Naisuhingud, lk 88
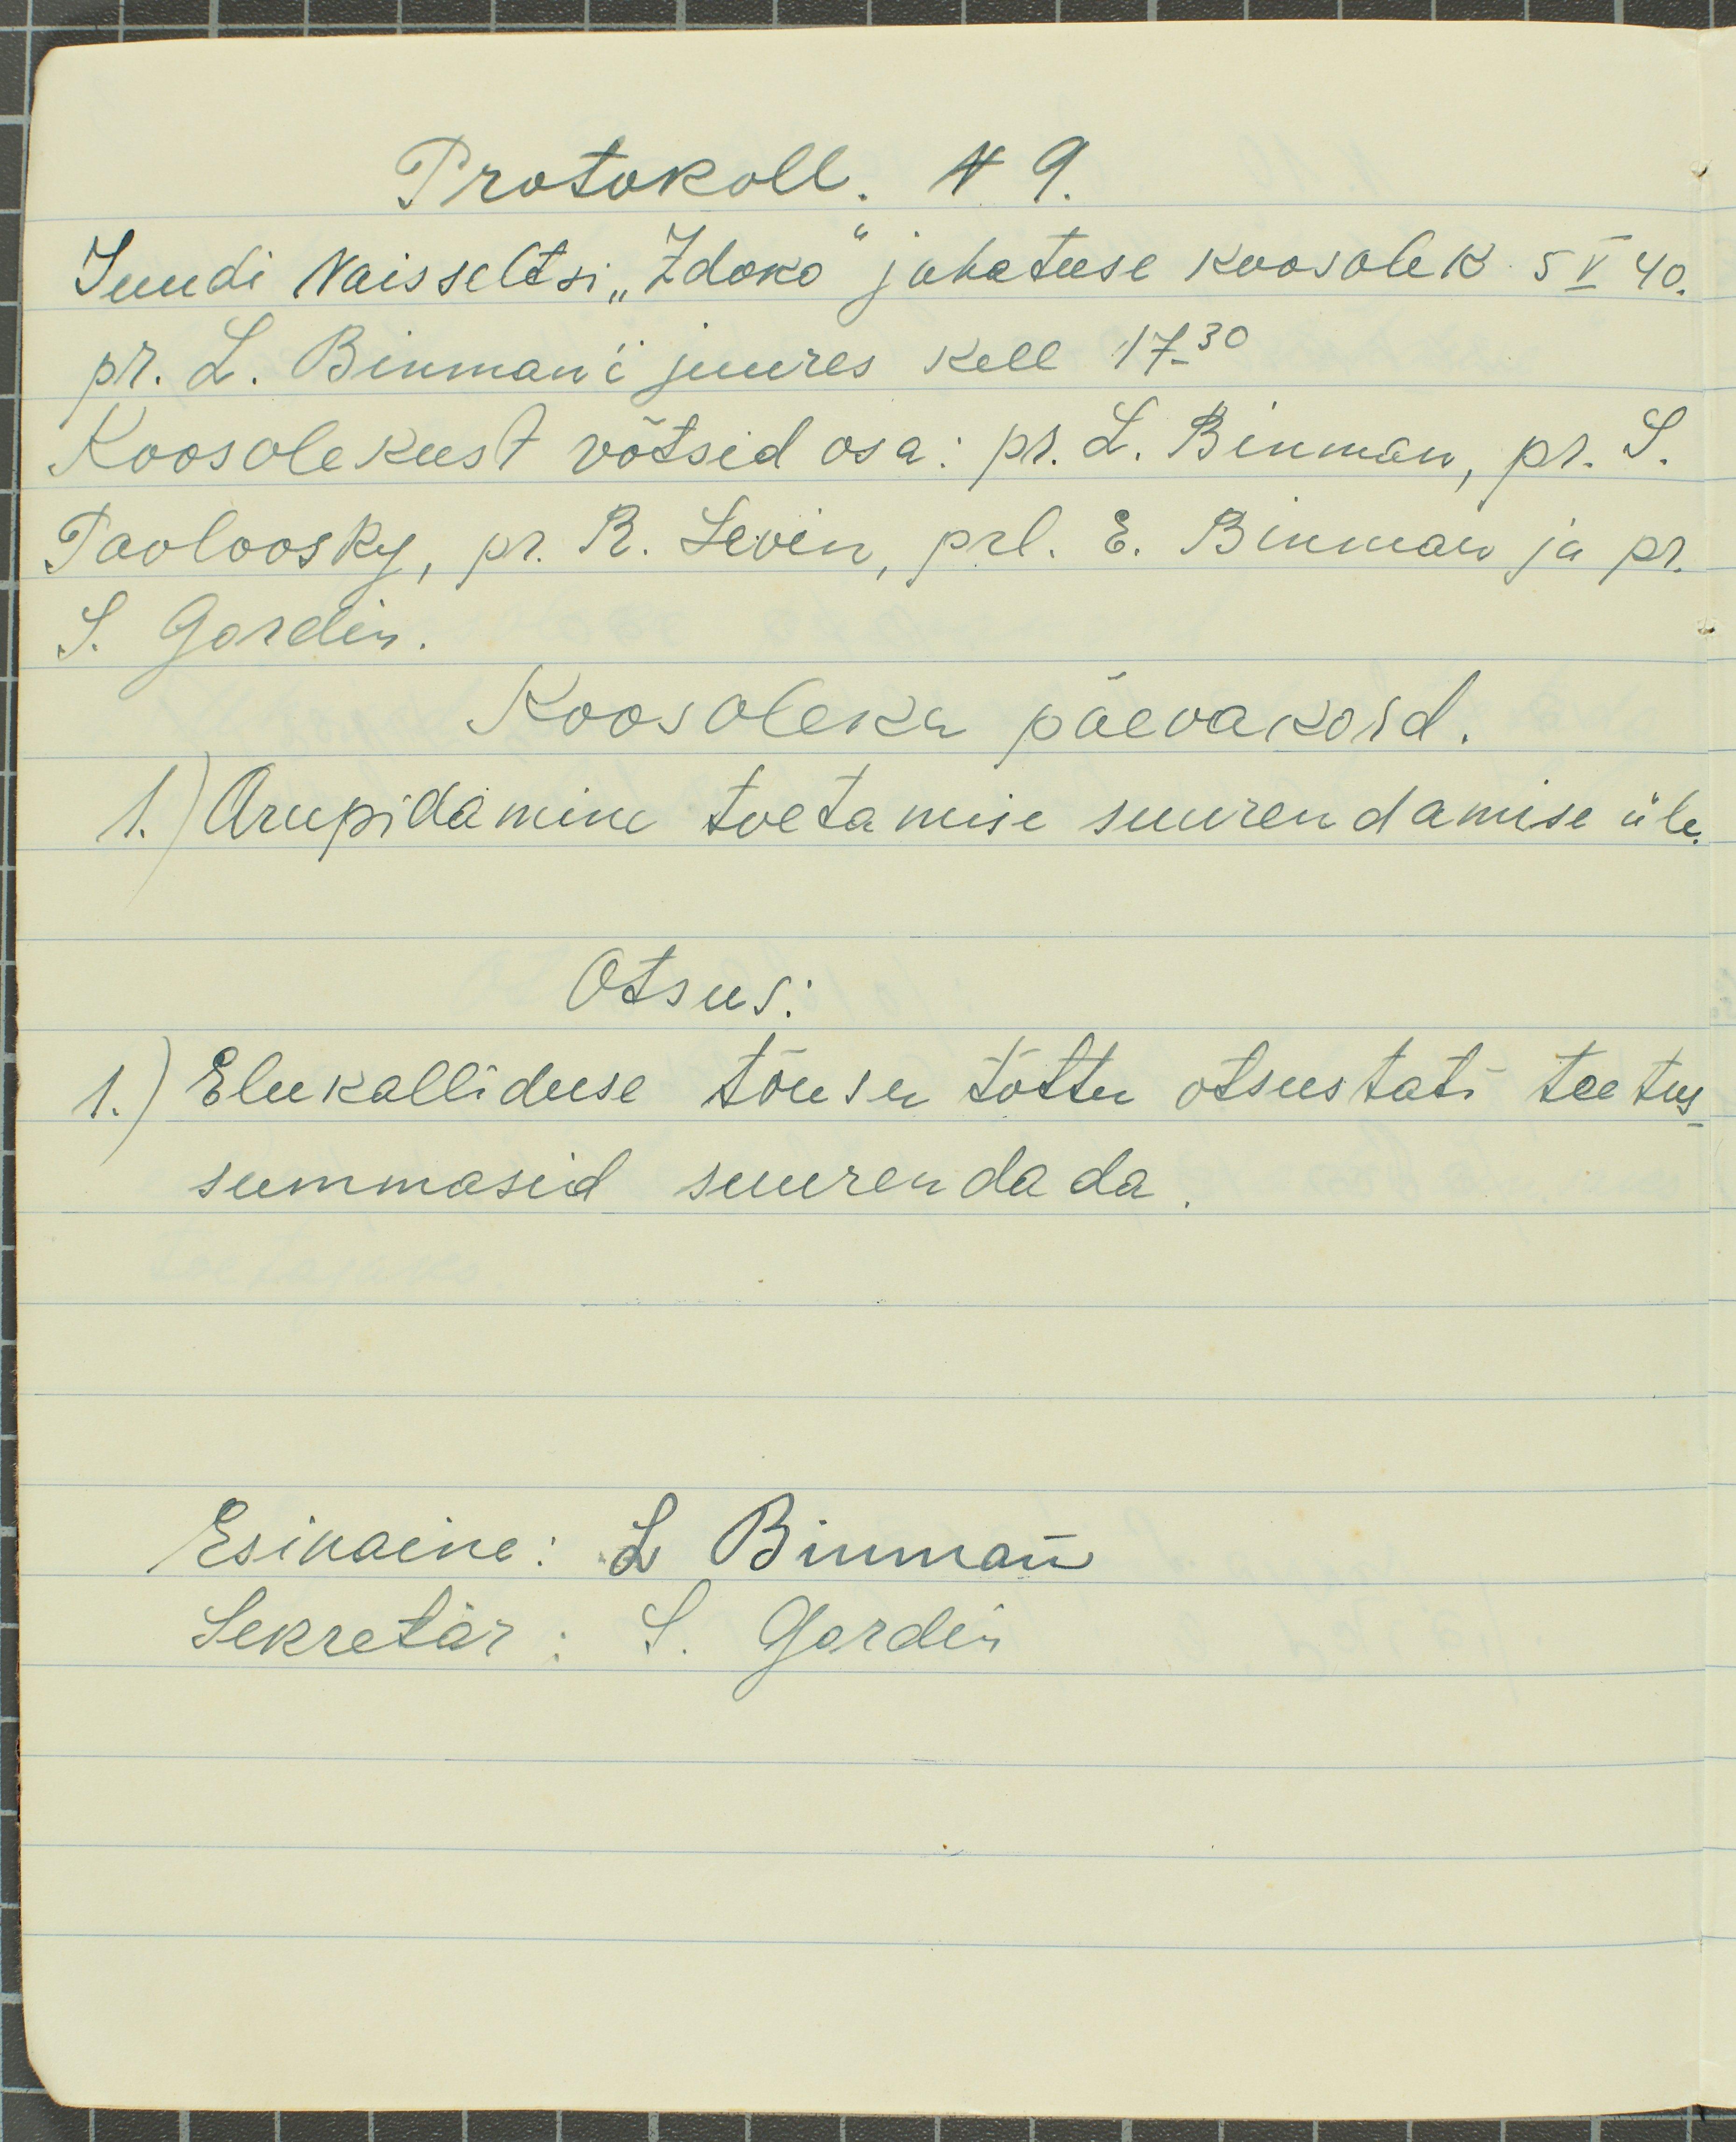
Protokoll N 9.
Juudi Naisseltsi "Zdoko" juhatuse koosolek 5 V 40.
pr. L. Binman`i juures kell 17.30
Koosolekust võtsid osa: pr. L. Binman, pr. S.
Pavlovsky, pr. R. Levin, prl. E. Binman ja pr.
S. Gordin.
Koosoleku päevakord.
1.) Arupidamine toetamise suurendamise üle
Otsus:
1.) Elukalliduse tõuse tõttu otsustati toetus
summasid suurendada.
Esinaine: L. Binman
Sekretär: S. Gordin